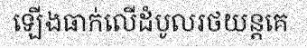
ឡើងធាក់លើដំបូលរថយន្តគេ